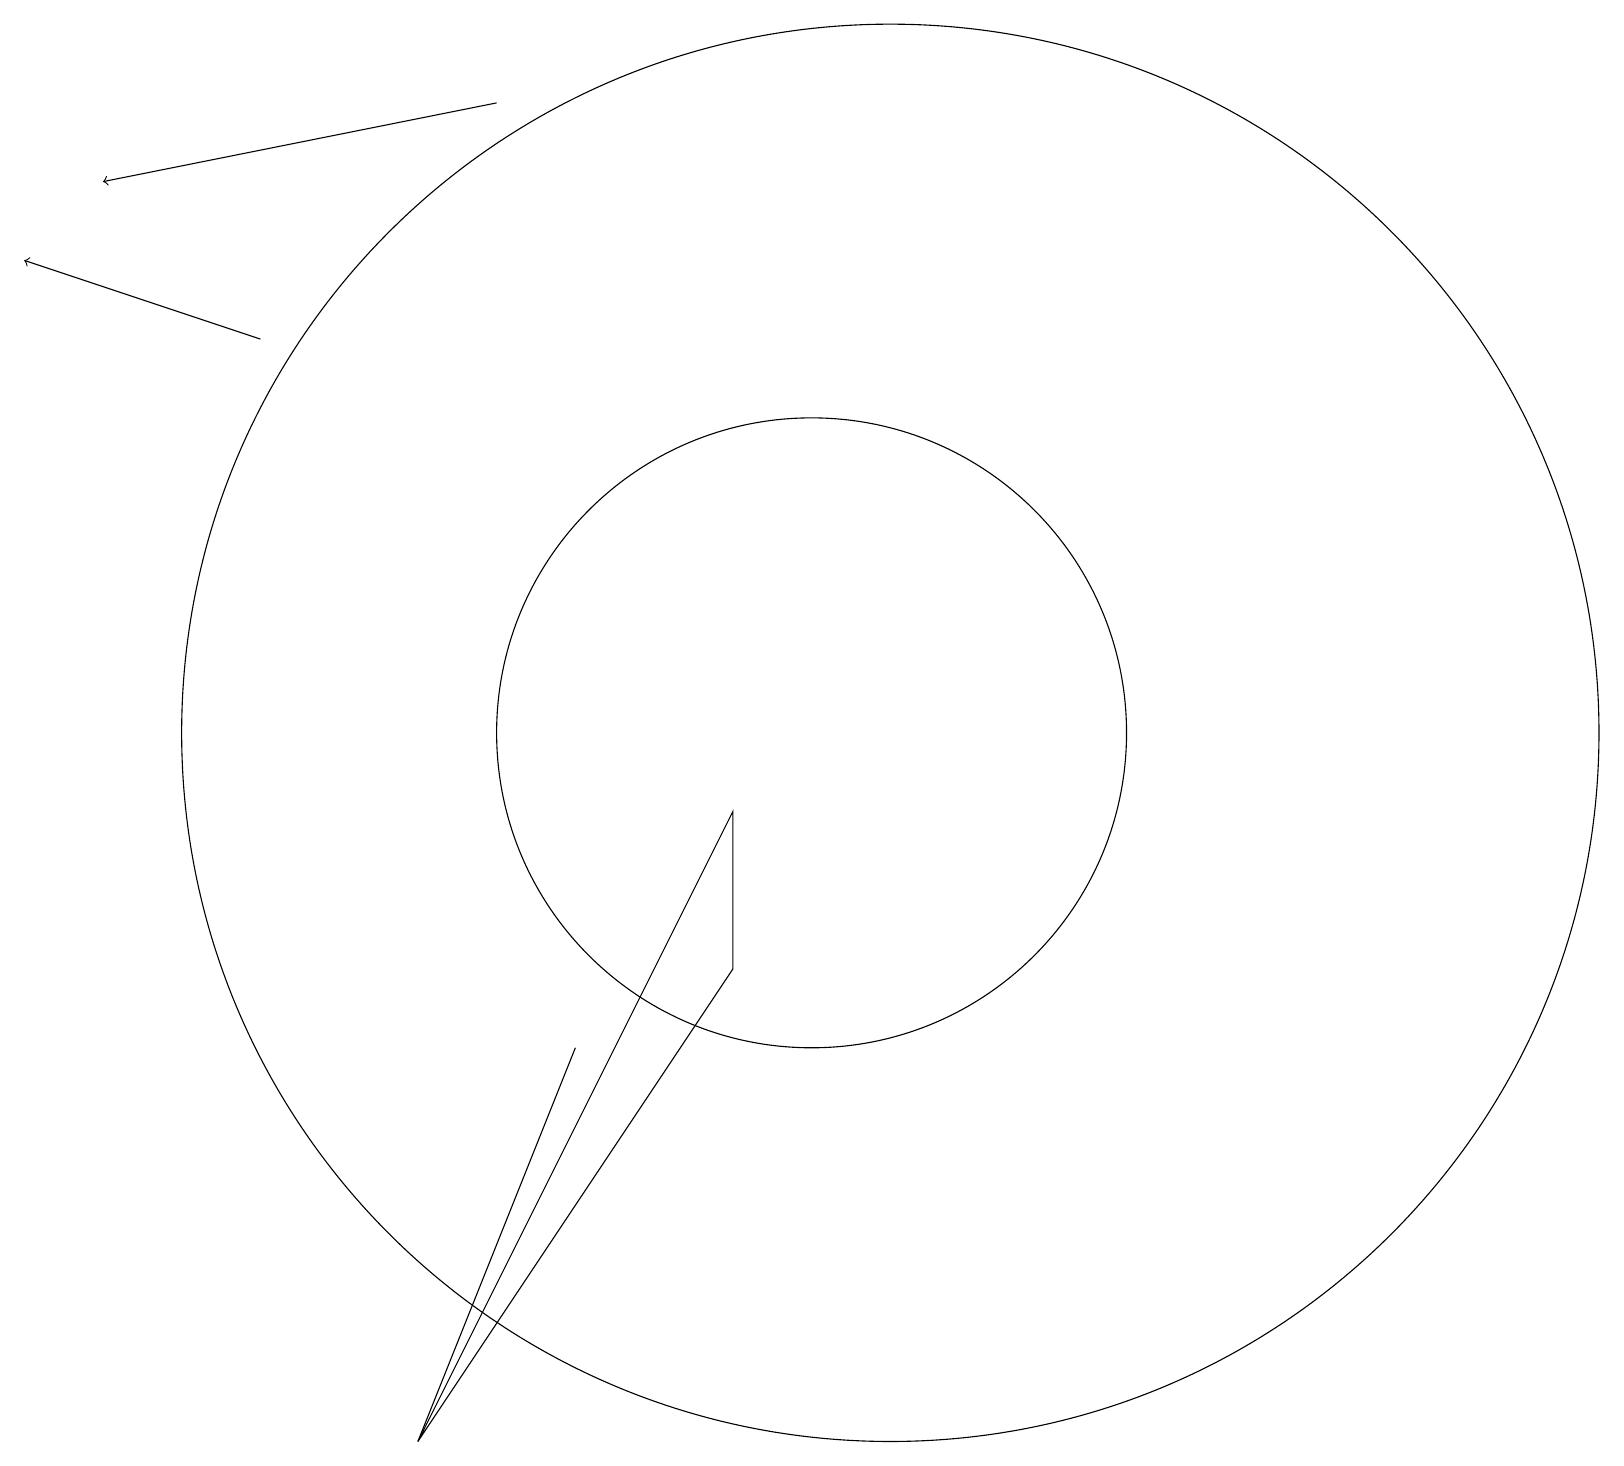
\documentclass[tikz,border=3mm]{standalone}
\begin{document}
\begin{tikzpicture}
\draw (7,6) -- (5,1) -- (7,6) -- cycle;
\draw (10,10) circle (4);
\draw (5,1) -- (9,7) -- (9,9) -- cycle;
\draw[->] (3,15) -- (0,16);
\draw (11,10) circle (9);
\draw[->] (6,18) -- (1,17);
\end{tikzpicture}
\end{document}